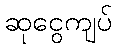
ဆုငွေကျပ်